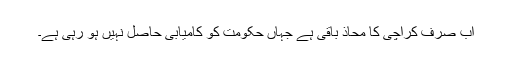
اب صرف کراچی کا محاذ باقی ہے جہاں حکومت کو کامیابی حاصل نہیں ہو رہی ہے۔